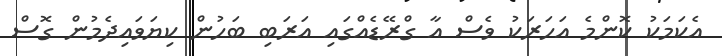
އެކަމަކު ކޮންމެ އަހަރަކު ވެސް އާ ގްރޭޑެއްގައި އަރަބި ބަހުން ކިޔަވައިދެމުން ގޮސް